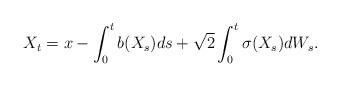
LaTeX: \begin{align*}X_t=x-\int_0^t b(X_s)ds + \sqrt{2}\int_0^t\sigma(X_s)dW_s.\end{align*}